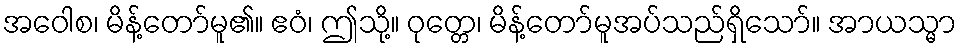
အဝေါစ၊ မိန့်တော်မူ၏။ ဧဝံ၊ ဤသို့။ ဝုတ္တေ၊ မိန့်တော်မူအပ်သည်ရှိသော်။ အာယသ္မာ